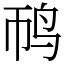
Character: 䴓